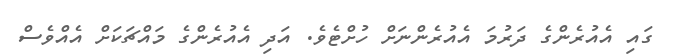
ގައި އެއުރެންގެ ދަރުމަ އެއުރެންނަށް ހުށްޓެވެ. އަދި އެއުރެންގެ މައްޗަކަށް އެއްވެސް